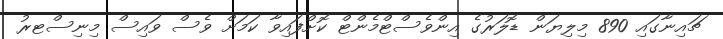
ޗައިނާގައި 890 މިލިޔަން ޑޮލަރުގެ އިންވެސްޓްމެންޓް ކޮށްފައިވާ ކަމަށް ވެސް ވައިސް މިނިސްޓރު